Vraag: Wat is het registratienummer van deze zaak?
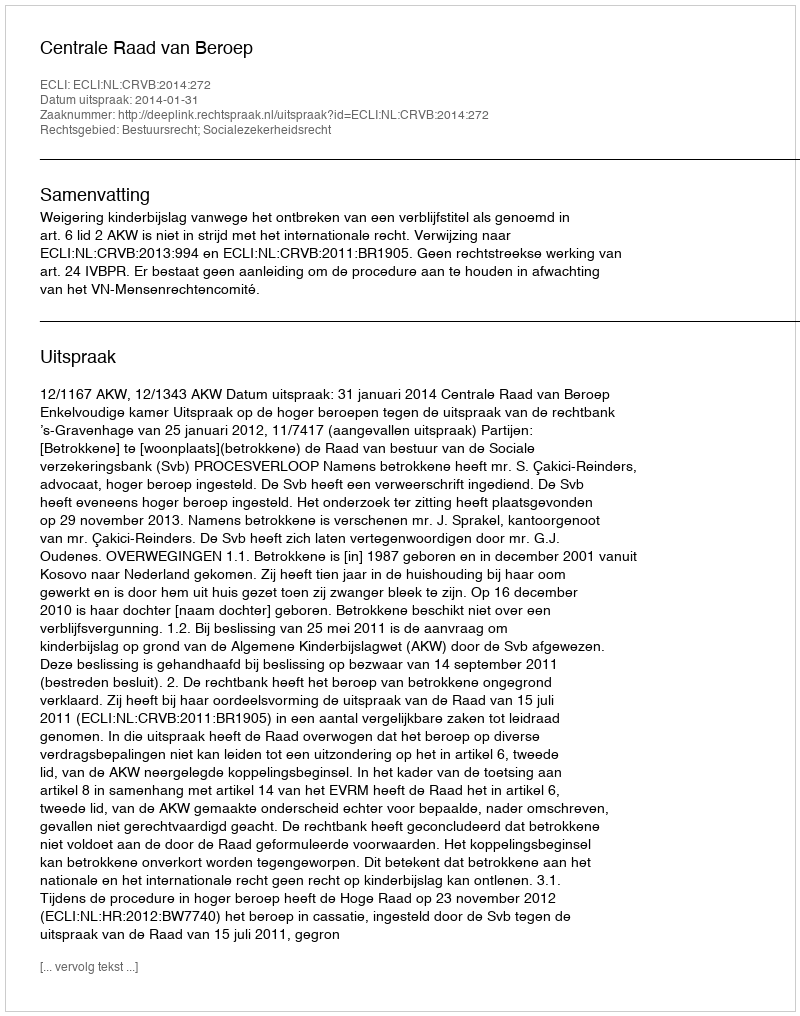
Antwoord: http://deeplink.rechtspraak.nl/uitspraak?id=ECLI:NL:CRVB:2014:272